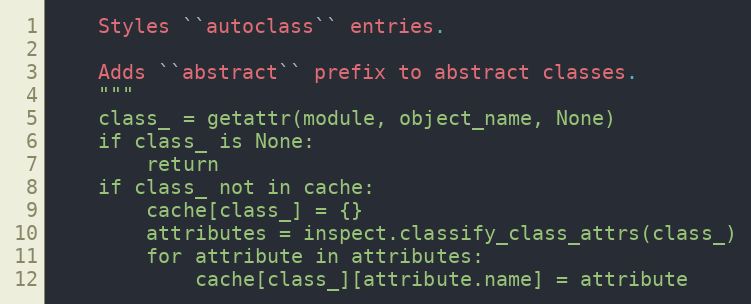
Language: Python
    Styles ``autoclass`` entries.

    Adds ``abstract`` prefix to abstract classes.
    """
    class_ = getattr(module, object_name, None)
    if class_ is None:
        return
    if class_ not in cache:
        cache[class_] = {}
        attributes = inspect.classify_class_attrs(class_)
        for attribute in attributes:
            cache[class_][attribute.name] = attribute